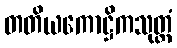
တတိယကောဋ္ဌိကသုတ္တံ